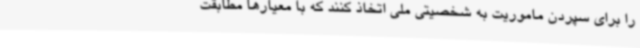
را برای سپردن ماموریت به شخصیتی ملی اتخاذ کنند که با معیارها مطابقت